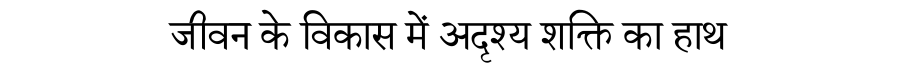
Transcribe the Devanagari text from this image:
जीवन के विकास में अदृश्य शक्ति का हाथ